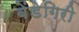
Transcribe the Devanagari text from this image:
बेंडेगिरी